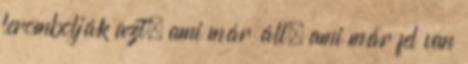
lerombolják azt, ami már áll, ami már fel van